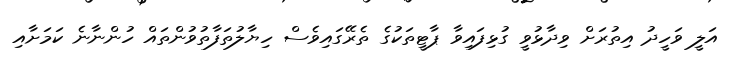
އަލީ ވަހީދު އިތުރަށް ވިދާޅުވީ ގުޅިފައިވާ ޕާޓީތަކުގެ ތެރޭގައިވެސް ހިޔާލުތަފާތުވުންތައް ހުންނާނެ ކަމަށާއި